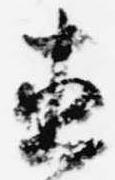
直